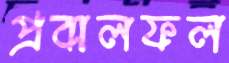
প্রবালফল